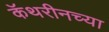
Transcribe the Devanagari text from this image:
कॅथरीनच्या